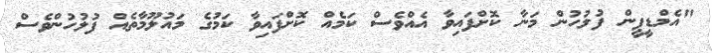
"އެމްޑީޕީން ފުލުހުން މަނާ ކޮށްފައިވާ އެއްވެސް ކަމެއް ކޮށްފައިވާ ކަމުގެ މައުލޫމާތެއް ފުލުހުންވެސް